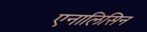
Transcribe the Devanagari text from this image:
एनालिसिन